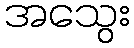
အသွေး